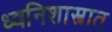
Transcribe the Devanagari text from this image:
ध्वनिशास्त्रात